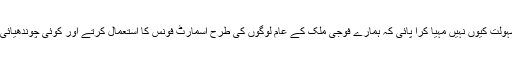
مودی سرکار فوج کے لئے ایسی کوئی کارگر اسمارٹ تکنیکی سہولت کیوں نہیں مہیا کرا پائی کہ ہمارے فوجی ملک کے عام لوگوں کی طرح اسمارٹ فونس کا استعمال کرتے اور کوئی چوندھیائی آنکھوں والا جاسوس اس کی کھوج لگانے کی ہمت نہیں کر پاتا؟